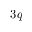
3 q